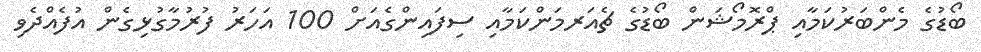
ބޯޑުގެ މެންބަރުކަމާއި ޕްރޮމޯޝަން ބޯޑުގެ ޗެއަރމަންކަމާއި ސިފައިންގެއަށް 100 އަހަރު ފުރުމާގުޅިގެން އުފެއްދެވި